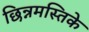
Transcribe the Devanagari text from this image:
छिन्नमस्तिके